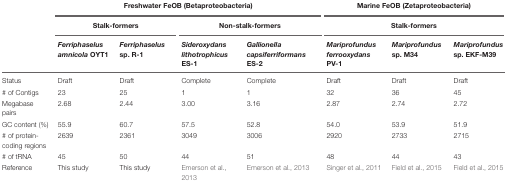
<table><thead><tr><td></td><td colspan="4"><b>Freshwater FeOB (Betaproteobacteria)</b></td><td colspan="3"><b>Marine FeOB (Zetaproteobacteria)</b></td></tr><tr><td></td><td colspan="2"><b>Stalk-formers</b></td><td colspan="2"><b>Non-stalk-formers</b></td><td colspan="3"><b>Stalk-formers</b></td></tr><tr><td></td><td><b><i>Ferriphaselus amnicola</i> OYT1</b></td><td><b><i>Ferriphaselus</i> sp. R-1</b></td><td><b><i>Sideroxydans lithotrophicus</i> ES-1</b></td><td><b><i>Gallionella capsiferriformans</i> ES-2</b></td><td><b><i>Mariprofundus ferrooxydans</i> PV-1</b></td><td><b><i>Mariprofundus</i> sp. M34</b></td><td><b><i>Mariprofundus</i> sp. EKF-M39</b></td></tr></thead><tbody><tr><td>Status</td><td>Draft</td><td>Draft</td><td>Complete</td><td>Complete</td><td>Draft</td><td>Draft</td><td>Draft</td></tr><tr><td># of Contigs</td><td>23</td><td>25</td><td>1</td><td>1</td><td>32</td><td>36</td><td>45</td></tr><tr><td>Megabase pairs</td><td>2.68</td><td>2.44</td><td>3.00</td><td>3.16</td><td>2.87</td><td>2.74</td><td>2.72</td></tr><tr><td>GC content (%)</td><td>55.9</td><td>60.7</td><td>57.5</td><td>52.8</td><td>54.0</td><td>53.9</td><td>51.9</td></tr><tr><td># of protein-coding regions</td><td>2639</td><td>2361</td><td>3049</td><td>3006</td><td>2920</td><td>2733</td><td>2715</td></tr><tr><td># of tRNA</td><td>45</td><td>50</td><td>44</td><td>51</td><td>48</td><td>44</td><td>43</td></tr><tr><td>Reference</td><td>This study</td><td>This study</td><td>Emerson et al., 2013</td><td>Emerson et al., 2013</td><td>Singer et al., 2011</td><td>Field et al., 2015</td><td>Field et al., 2015</td></tr></tbody></table>